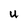
Character: U